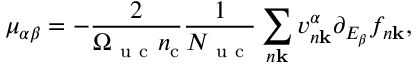
\mu _ { \alpha \beta } = - \frac { 2 } { \Omega _ { \mathrm { ~ u ~ c ~ } } n _ { \mathrm { c } } } \frac { 1 } { N _ { \mathrm { ~ u ~ c ~ } } } \sum _ { n \mathbf k } v _ { n \mathbf k } ^ { \alpha } \partial _ { E _ { \beta } } f _ { n \mathbf k } ,